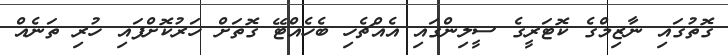
ގޮތުގައި ނާޒިމްގެ ކޮޓަރީގެ ސީލިންގައި އެއްޗެހި ބެހެއްޓޭ ގޮތަށް ހަރުކޮށްފައި ހުރި ތަނެއް